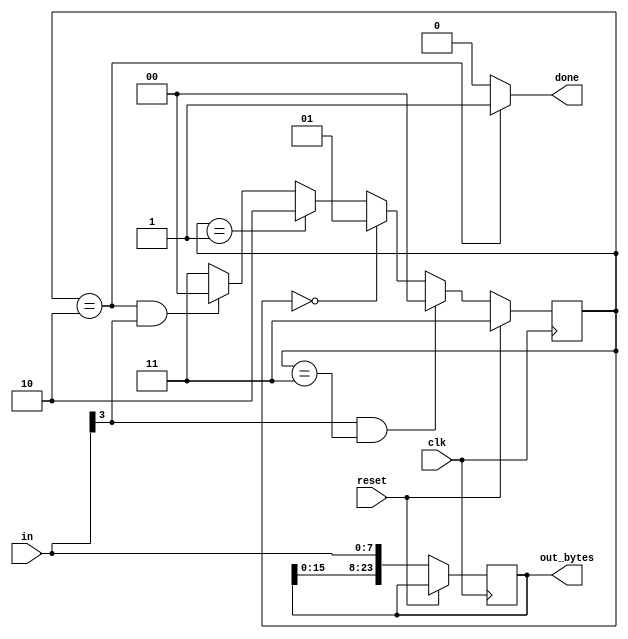
module top_module(
    input clk,
    input [7:0] in,
    input reset,    // Synchronous reset
    output [23:0] out_bytes,
    output done); //

    parameter BYTE2 = 2'd0, BYTE3 = 2'd1, DONE = 2'd2, BYTE1 = 2'd3;
    reg [1:0] state, next_state;
    reg [23:0] ps2data;

    // State transition logic (combinational)
    always @(*) 
        begin
            if (in[3] == 1 && state == BYTE1) 
                next_state = BYTE2;
            else if (state == BYTE2) 
                next_state = BYTE3;
            else if (state == BYTE3) 
                next_state = DONE;
            else if (state == DONE && in[3] == 1) 
                next_state = BYTE2;
            else if (state == DONE && in[3] != 1) 
                next_state = BYTE1;
            else 
                next_state = BYTE1;
        end

    // State flip-flops (sequential)
    always @(posedge clk) begin
        if (reset) 
            state <= BYTE1;
        else 
            begin
                state <= next_state;
                ps2data <= {ps2data[15:0], in};
            end
    end

    // Output logic
    assign done = (state == DONE)?1:0;
    assign out_bytes = ps2data;
endmodule